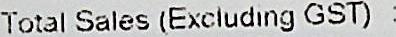
TOTAL SALES (EXCLUDING GST) :